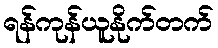
ရန်ကုန်ယူနိုက်တက်